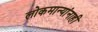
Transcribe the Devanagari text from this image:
लोकमान्‍यांनाही